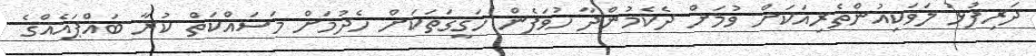
ދަރިފުޅު ލަވަކިއުންތެރިއަކަށް ވުމަށް ދެކެމުންދާ ހުވަފެން ހަގީގަތަކަށް ހެދުމަށް މަސައްކަތް ކުރާ ބައްޕައެއްގެ